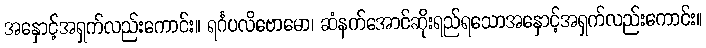
အနှောင့်အရှက်လည်းကောင်း။ ရင်္ဂပလိဗောဓော၊ ဆံနက်အောင်ဆိုးရည်ရသောအနှောင့်အရှက်လည်းကောင်း။